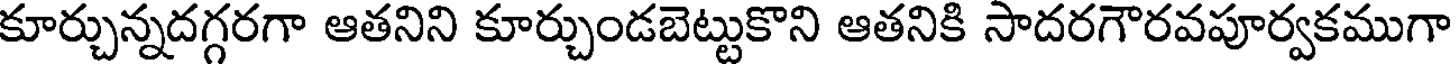
కూర్చున్నదగ్గరగా ఆతనిని కూర్చుండబెట్టుకొని ఆతనికి సాదరగౌరవపూర్వకముగా